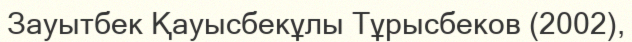
Зауытбек Қауысбекұлы Тұрысбеков (2002),